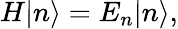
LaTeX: H|n\rangle=E_{n}|n\rangle,